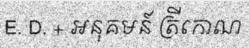
E. D. + អនុគមន៍ ត្រីកោណ